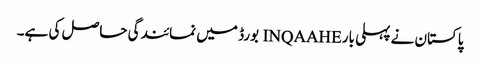
پاکستان نے پہلی بار INQAAHE بورڈ میں نمائندگی حاصل کی ہے۔